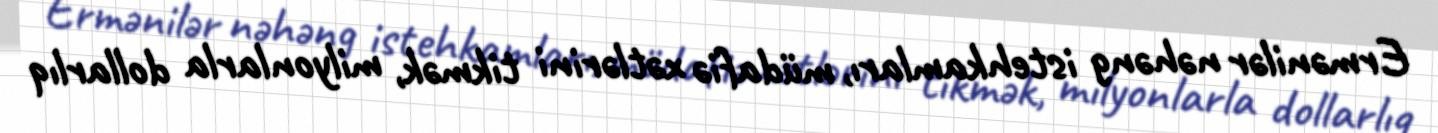
Ermənilər nəhəng istehkamları, müdafiə xətlərini tikmək, milyonlarla dollarlıq